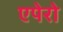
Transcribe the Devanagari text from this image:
एपेरो